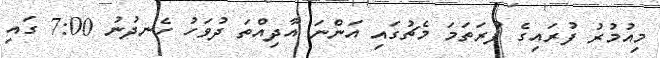
މިއުމުރު ފުރައިގެ ފުރަތަމަ މެޗުގައި އަންނަ އާދިއްތަ ދުވަހު ހެނދުނު 7:00 ގައި